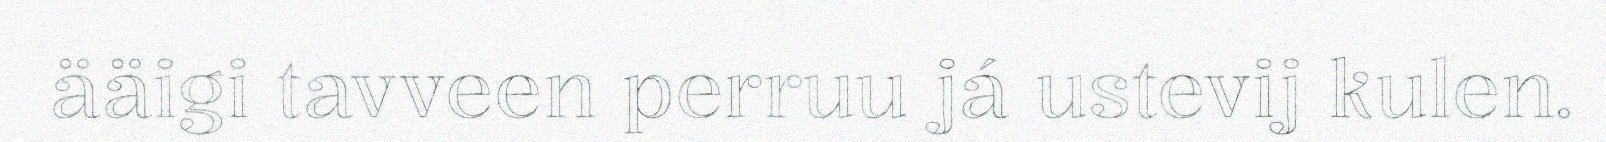
ääigi tavveen perruu já ustevij kulen.